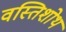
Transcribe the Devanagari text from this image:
वस्तिशोथ